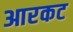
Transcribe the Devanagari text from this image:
आरकट